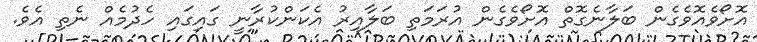
އޮށޯވެއޮވެގެން ބަލާނެގޮތް އޮށޯވެގެން އުރަމަތި ބަލާއިރު އެކަންކުރާނީ ގައިގައި ހެދުމެއް ނެތި އެވެ.